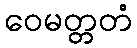
ဝေမတ္တတံ